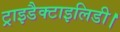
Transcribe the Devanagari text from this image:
ट्राइडैक्टाइलिडी।